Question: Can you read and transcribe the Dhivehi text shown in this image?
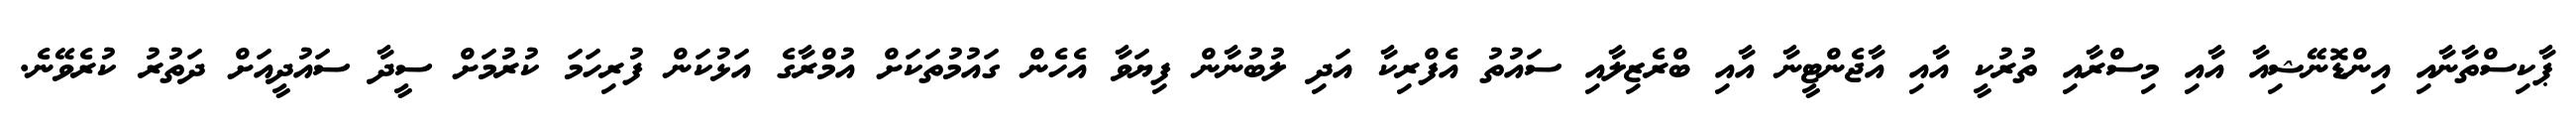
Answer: ޕާކިސްތާނާއި އިންޑޮނޭޝިއާ އާއި މިސްރާއި ތުރުކީ އާއި އާޖެންޓީނާ އާއި ބްރެޒިލާއި ސައުތު އެފްރިކާ އަދި ލުބުނާން ފިޔަވާ އެހެން ގައުމުތަކަށް އުމްރާގެ އަޅުކަން ފުރިހަމަ ކުރުމަށް ސީދާ ސައުދީއަށް ދަތުރު ކުރެވޭނެ.